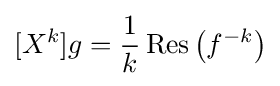
[X^{k}]g={\frac {1}{k}}\operatorname {Res} \left(f^{-k}\right)